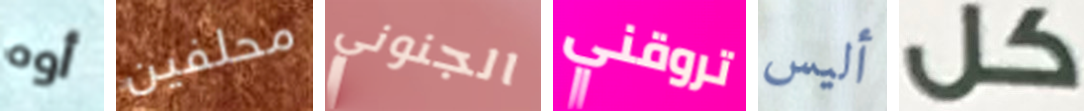
أوه محلفين الجنوني تروقني أليس كل